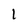
Character: 1